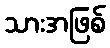
သားအဖြစ်